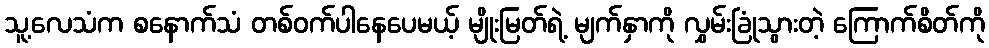
သူ့လေသံက စနောက်သံ တစ်ဝက်ပါနေပေမယ့် မျိုးမြတ်ရဲ့ မျက်နှာကို လွှမ်းခြုံသွားတဲ့ ကြောက်စိတ်ကို